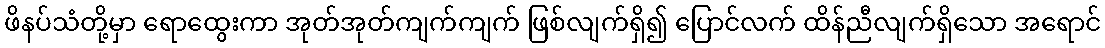
ဖိနပ်သံတို့မှာ ရောထွေးကာ အုတ်အုတ်ကျက်ကျက် ဖြစ်လျက်ရှိ၍ ပြောင်လက် ထိန်ညီလျက်ရှိသော အရောင်